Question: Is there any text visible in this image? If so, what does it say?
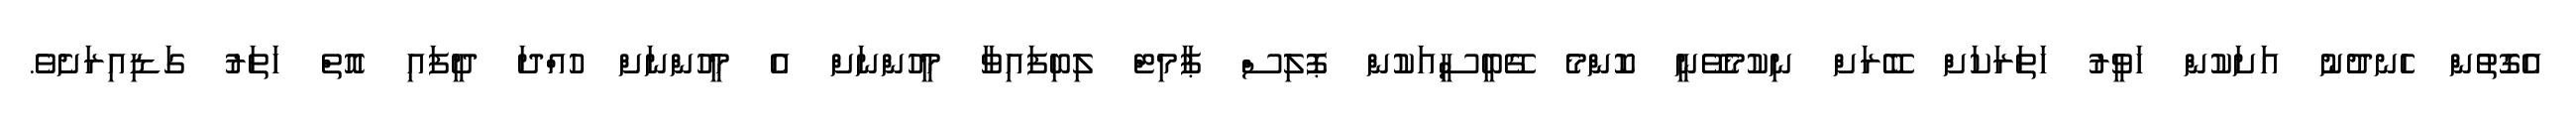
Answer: އެގޮތުން ހެނދުނު އަށަކުން ހަވީރު ހަތަރަކަށް ބޭރަށް ނިކުމެވޭނީ ކޮންމެ ގޭބީސީއަކުން ޕޮލިސް ޕާމިޓް ލިބިފައިވާ މީހުންނަށް އެ މީހުންނަށް ހުއްދަ ދީފައި އޮތް ހަތަރު ގަޑިއިރަށެވެ.